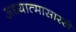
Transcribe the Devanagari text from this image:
अध्यात्मासारखे